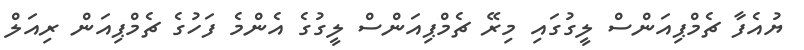
ޔުއެފާ ޗެމްޕިއަންސް ލީގުގައި މިރޭ ޗެމްޕިއަންސް ލީގުގެ އެންމެ ފަހުގެ ޗެމްޕިއަން ރިއަލް